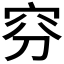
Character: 𥥄